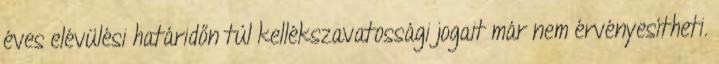
éves elévülési határidőn túl kellékszavatossági jogait már nem érvényesítheti.